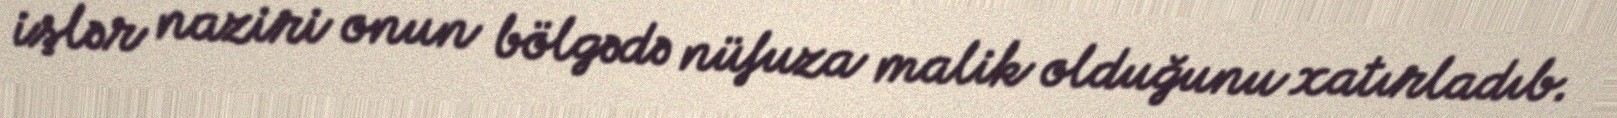
işlər naziri onun bölgədə nüfuza malik olduğunu xatırladıb.